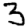
Digit: 3